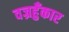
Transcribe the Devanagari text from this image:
वज्रहुँकार